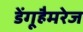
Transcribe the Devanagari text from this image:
डेंगूहैमरेज